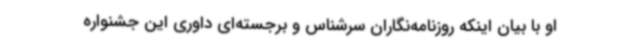
او با بیان اینکه روزنامه‌نگاران سرشناس و برجسته‌ای داوری این جشنواره